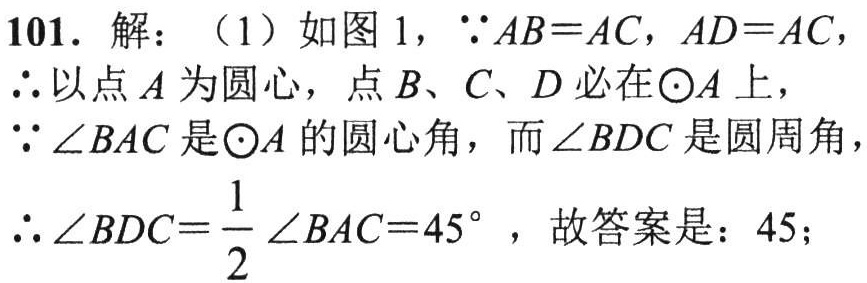
101. 解：（1）如图 1，\(\because AB = AC\)，\(AD = AC\)，
\(\therefore\)以点\(A\)为圆心，点\(B、C、D\)必在\(\odot A\)上，
\(\because\angle BAC\)是\(\odot A\)的圆心角，而\(\angle BDC\)是圆周角，
\(\therefore\angle BDC=\frac{1}{2}\angle BAC = 45^{\circ}\)，故答案是：\(45\)；